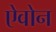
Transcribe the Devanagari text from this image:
ऐवोन